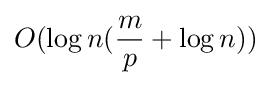
O(\log n({\frac {m}{p}}+\log n))